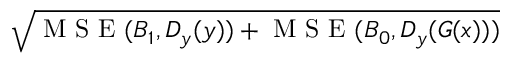
\sqrt { \mathrm { ~ M ~ S ~ E ~ } ( B _ { 1 } , D _ { y } ( y ) ) + \mathrm { ~ M ~ S ~ E ~ } ( B _ { 0 } , D _ { y } ( G ( x ) ) ) }